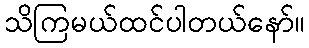
သိကြမယ်ထင်ပါတယ်နော်။